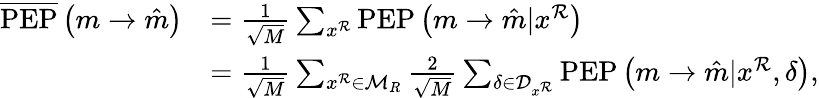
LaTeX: \begin{array}{rl}{\overline{{\mathrm{PEP}}}\left(m\rightarrow\hat{m}\right)}&{=\frac{1}{\sqrt{M}}\sum_{x^{\mathcal{R}}}\mathrm{PEP}\left(m\rightarrow\hat{m}|x^{\mathcal{R}}\right)}\\ &{=\frac{1}{\sqrt{M}}\sum_{x^{\mathcal{R}}\in\mathcal{M}_{R}}\frac{2}{\sqrt{M}}\sum_{\delta\in\mathcal{D}_{x^{\mathcal{R}}}}\mathrm{PEP}\left(m\rightarrow\hat{m}|x^{\mathcal{R}},\delta\right),}\end{array}